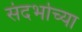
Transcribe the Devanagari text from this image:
संदर्भाच्या